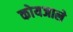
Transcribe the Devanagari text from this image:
कोयजाले